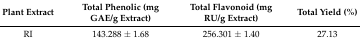
<table><thead><tr><td><b>Plant Extract</b></td><td><b>Total Phenolic (mg GAE/g Extract)</b></td><td><b>Total Flavonoid (mg RU/g Extract)</b></td><td><b>Total Yield (%)</b></td></tr></thead><tbody><tr><td>RI</td><td>143.288 ± 1.68</td><td>256.301 ± 1.40</td><td>27.13</td></tr></tbody></table>